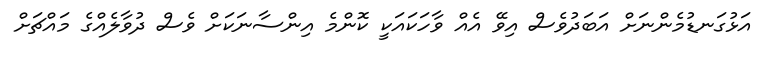
އަޅުގަނޑުމެންނަށް އަބަދުވެސް އިވޭ އެއް ވާހަކައަކީ ކޮންމެ އިންސާނަކަށް ވެސް ދުވާލެއްގެ މައްޗަށް